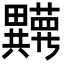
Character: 𬏘